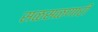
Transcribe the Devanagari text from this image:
सळसळणारी